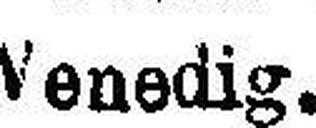
Venedig